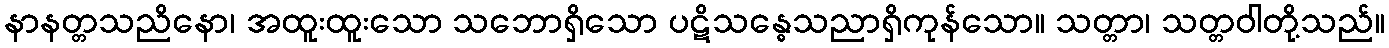
နာနတ္တသညိနော၊ အထူးထူးသော သဘောရှိသော ပဋိသန္ဓေသညာရှိကုန်သော။ သတ္တာ၊ သတ္တဝါတို့သည်။